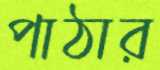
পাঠার